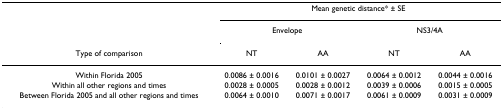
<table><thead><tr><td></td><td colspan="4"><b>Mean genetic distance* ± SE</b></td></tr><tr><td></td><td colspan="2"><b>Envelope</b></td><td colspan="2"><b>NS3/4A</b></td></tr><tr><td><b>Type of comparison</b></td><td><b>NT</b></td><td><b>AA</b></td><td><b>NT</b></td><td><b>AA</b></td></tr></thead><tbody><tr><td>Within Florida 2005</td><td>0.0086 ± 0.0016</td><td>0.0101 ± 0.0027</td><td>0.0064 ± 0.0012</td><td>0.0044 ± 0.0016</td></tr><tr><td>Within all other regions and times</td><td>0.0028 ± 0.0005</td><td>0.0028 ± 0.0012</td><td>0.0039 ± 0.0006</td><td>0.0015 ± 0.0005</td></tr><tr><td>Between Florida 2005 and all other regions and times</td><td>0.0064 ± 0.0010</td><td>0.0071 ± 0.0017</td><td>0.0061 ± 0.0009</td><td>0.0031 ± 0.0009</td></tr></tbody></table>